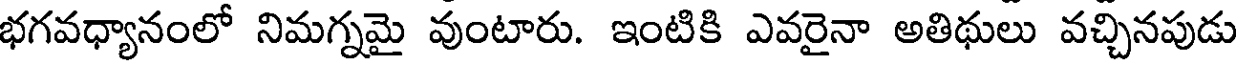
భగవధ్యానంలో నిమగ్నమై వుంటారు. ఇంటికి ఎవరైనా అతిథులు వచ్చినపుడు